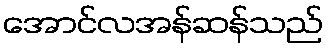
အောင်လအန်ဆန်သည်